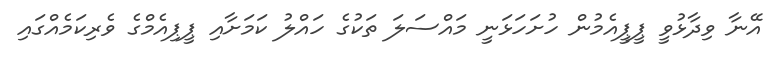
އޭނާ ވިދާޅުވީ ޕީޕީއެމުން ހުށަހަޅަނީ މައްސަލަ ތަކުގެ ހައްލު ކަމަށާއި ޕީޕިއެމްގެ ވެރިކަމެއްގައި